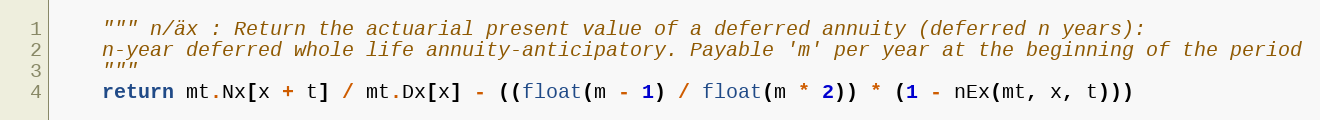
Language: Python
    """ n/äx : Return the actuarial present value of a deferred annuity (deferred n years):
    n-year deferred whole life annuity-anticipatory. Payable 'm' per year at the beginning of the period
    """
    return mt.Nx[x + t] / mt.Dx[x] - ((float(m - 1) / float(m * 2)) * (1 - nEx(mt, x, t)))